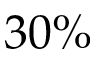
3 0 \%